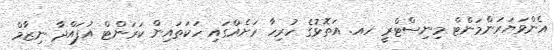
އެންވަޔަރަންމަންޓް މިނިސްޓްރީ ހއ. އަތޮޅުގެ ހުރިހާ ރަށެއްގައި ހަކަތައިން ކަރަންޓް އުފައްދާ ނިޒާމް